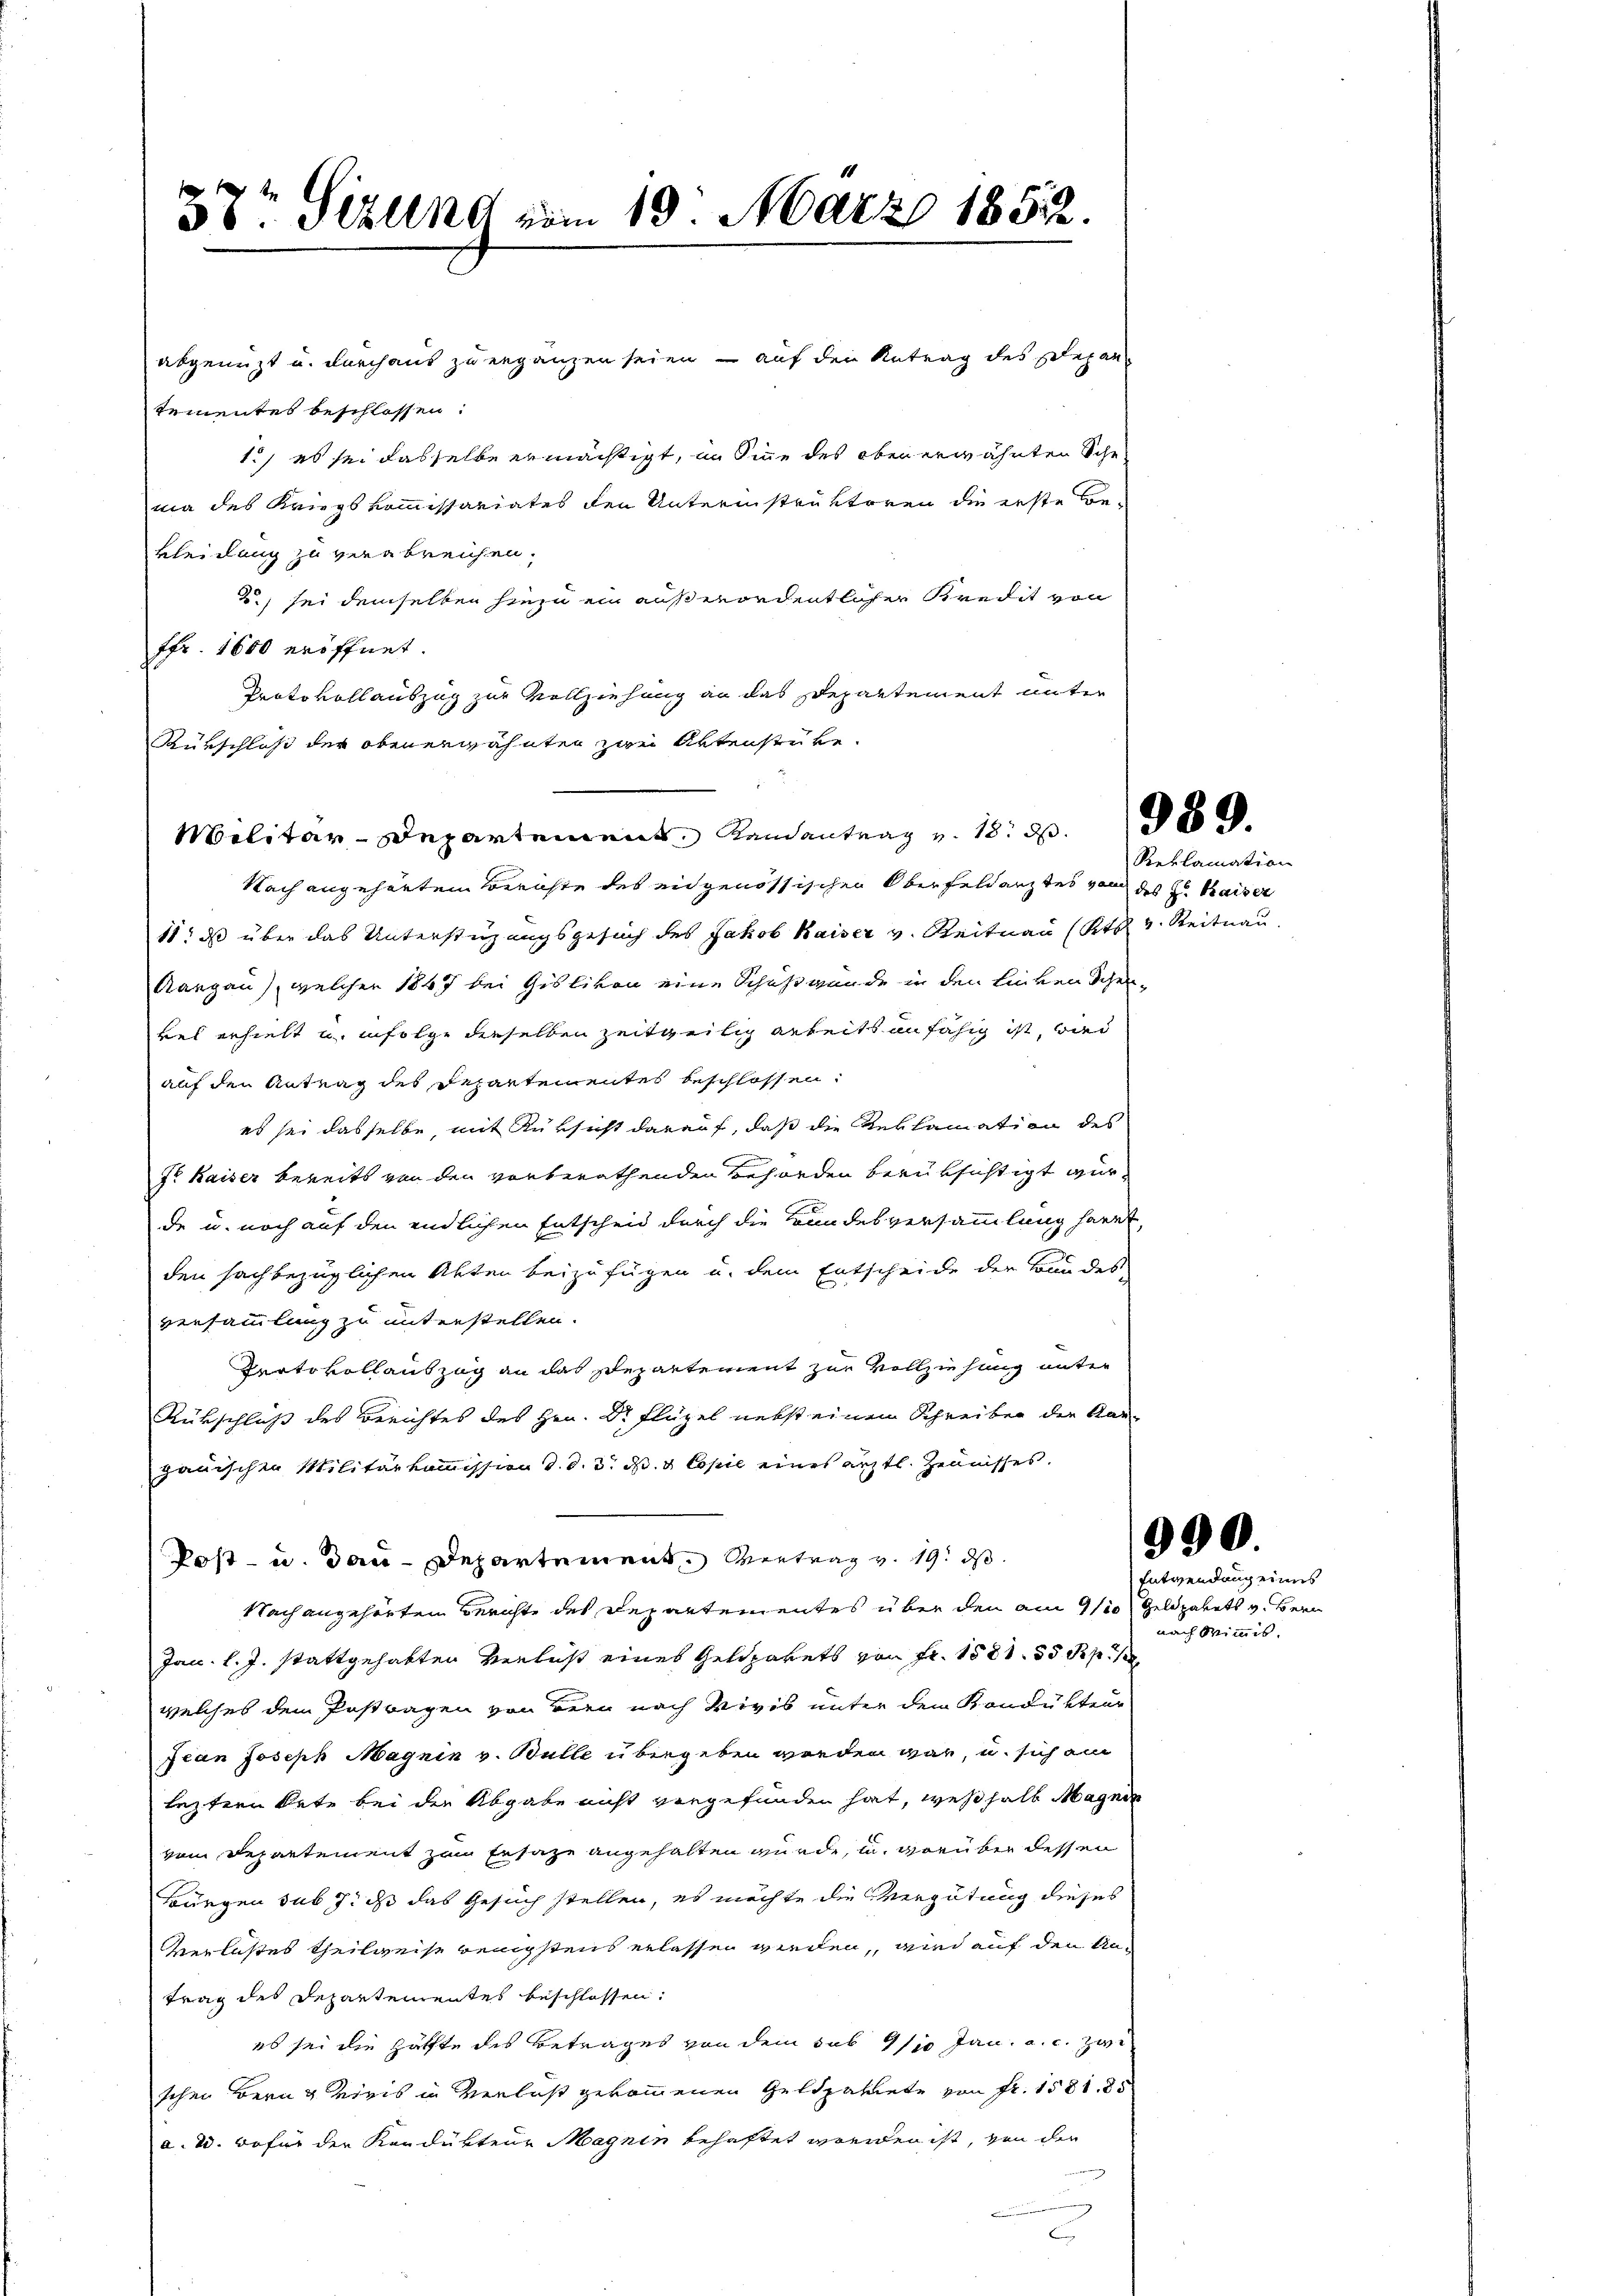
38t Sizung vom 19. März 1852.

Militär-Departement Renantrag v. 18. d. d.

abgenuzt u. durchaus zu ergänzen seien, – auf den Antrag des Depan
tementes beschlossen:
1.) es sei dasselbe ermächtigt, im Sinne des oben erwähnten Schema des Kriegskommissariates den Unterinstruktoren die erste Be-
kleidung zu verabreichen.
2) sei demselben hiezu ein außerordentlicher Kredit von
ffr. 1600 eröffnet.
Protokollauszug zur Vollziehung an das Departement unter
Kürschloss der obenerwähnten zwei Aktenstücke.
Nach angehörten Berichte des eidgenössischen Oberfeldanztes von des Hr. Kaiser
11; daß über das Unterstüzungsgesuch des Jakob Kaiser v. Reitnau (Rt v. Reitnau
Aargau), welcher 1847 bei Gislivon eine Schußgunde in den Einven Schenvel erhielt u. infolge dieselben zeitweilig arbeitsunfähig ist, wied
auf den Antrag des Departementes beschlossen:
es sei dasselbe, mit Rüksicht darauf, daß die Reklamation des
dr Kaiser bereits von den vorberathenden Behörden berüksichtigt wurde u. noch auf den endlichen Entscheid durch die Bundesversammlung hart,
den sachbezüglichen Akten beizufügen u. dem Entscheide der Bundes-
versammlung zu unterstellen.
Protokollauszug an das Repartement zur Vollziehung unter
Rükschluß des Berichtes des Hrn. Dr. Flügel nebst einem Schreiben die Kar
gauischen Militärkommission d. d. d. d. 3 Copie eines ärztl. Zeunisses.
Post- u. dan-Departement entrag v. 19. ds.
Nach angehörten Berichte des Departementes über den am 9/10
Jac. l. J. stattgehabten Verlust eines Geldpakets von Fr. 1581. 55 Rp.
welches dem Postwagen von Bern nach Vivis unter dem Kondukteur
Jean Joseph Magnin v. Bulle übergeben werden war, u. sich am
leztern Orte bei der Abgabe nicht vergefunden hat, weßhalb Magnie
vom Departement zum Ersatze angehalten wurde, in vorüber dessen
Bürgen sub 7. ds das Gesuch stellen, es möchte die Vergütung dieses
Verlastes theilweise wenigstens erlassen werden, wird auf den Antrag des Departementes beschlossen:
es sei die Hälfte des Betrages von dem sub 1/10 Jan. a. c. zwi
schen Berng reis in Verlust gekommenen Geldzahnete von Fr. 1581. 85
a. 2. wofür der Kondukteur Magnin behaftet worden ist, von der

Reklamation

990
Entwendung eines

Geldzabets v. Bern
nach Wimmis.